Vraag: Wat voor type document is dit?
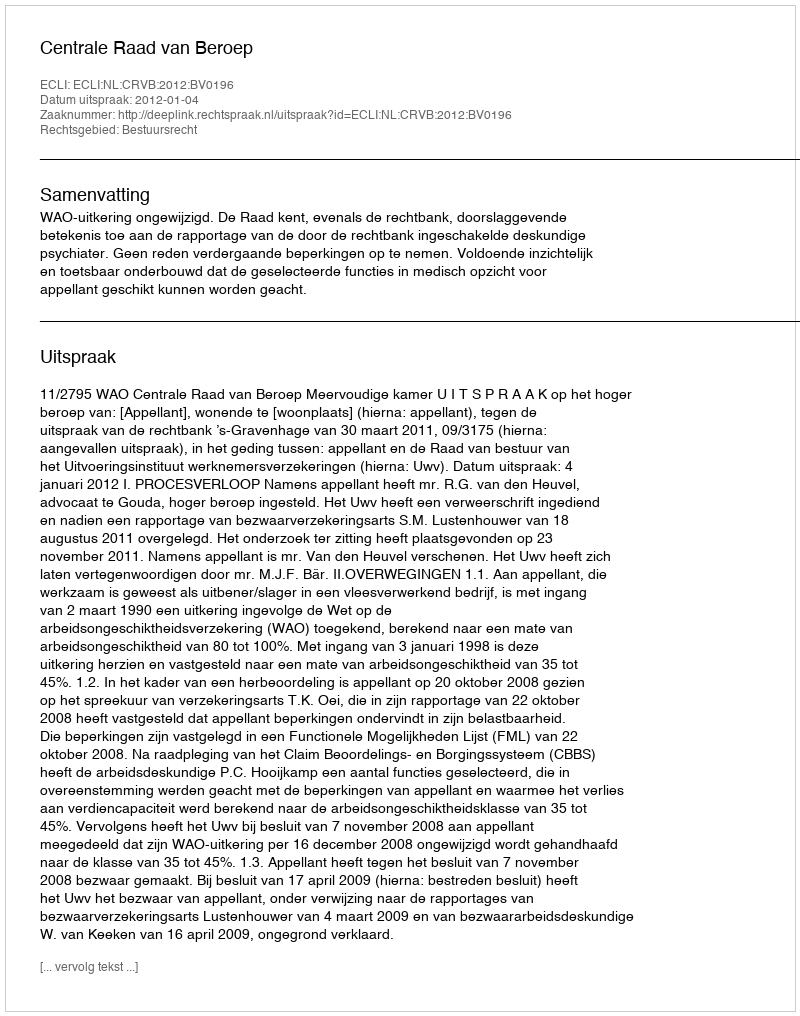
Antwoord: Uitspraak